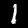
Digit: 1